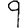
Digit: 9